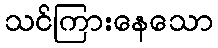
သင်ကြားနေသော